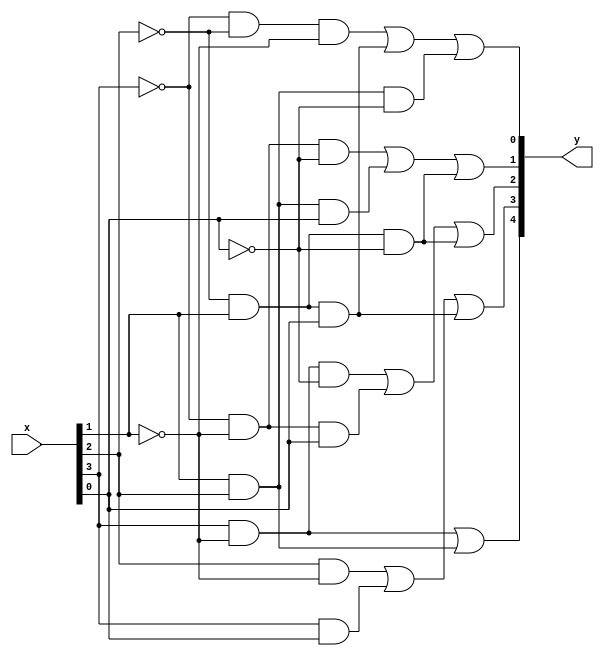


module lab2_2_2(x ,y);

input [3:0]x;
output [4:0]y;



assign y[4] = (x[3]&~x[1])|(x[1]&x[2]);
assign y[3] = (x[2]&~x[1]) | (x[3]&x[0]) |(~x[2]&x[1]&x[0]);
assign y[2] = (x[3]&~x[1]&~x[0])|(~x[3]&~x[1]&x[0])|(~x[2]&x[1]&~x[0]);
assign y[1] = (~x[3]&~x[1]&~x[0])| (x[2]&x[1]&x[0])| (~x[2]&x[1]&~x[0]);
assign y[0] = (~x[3]&~x[2]&~x[1]) | (~x[2]&x[1]&x[0])| (x[2]&x[1]&~x[0]);

endmodule